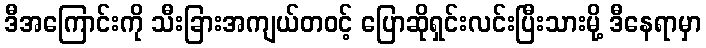
ဒီအကြောင်းကို သီးခြားအကျယ်တဝင့် ပြောဆိုရှင်းလင်းပြီးသားမို့ ဒီနေရာမှာ